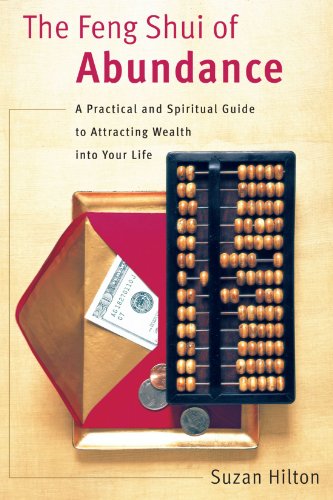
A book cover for The Feng Shui of Abundance: A Practical and Spiritual Guide to Attracting Wealth Into Your Life; Suzan Hilton; Religion & Spirituality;